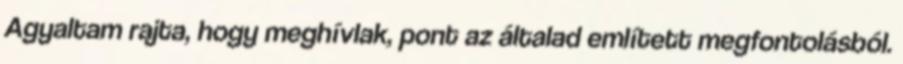
Agyaltam rajta, hogy meghívlak, pont az általad említett megfontolásból.